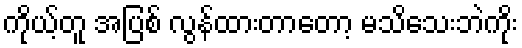
ကိုယ့်တူ အပြစ် လွန်ထားတာတော့ မသိသေးဘဲကိုး